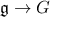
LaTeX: { \mathfrak { g } } \to G